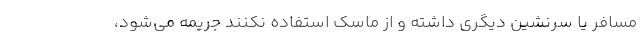
مسافر یا سرنشین دیگری داشته و از ماسک استفاده نکنند جریمه می‌شود،